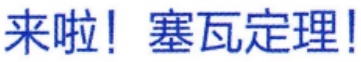
来啦！塞瓦定理！